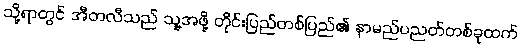
သို့ရာတွင် အီတလီသည် သူ့အဖို့ တိုင်းပြည်တစ်ပြည်၏ နာမည်ပညတ်တစ်ခုထက်